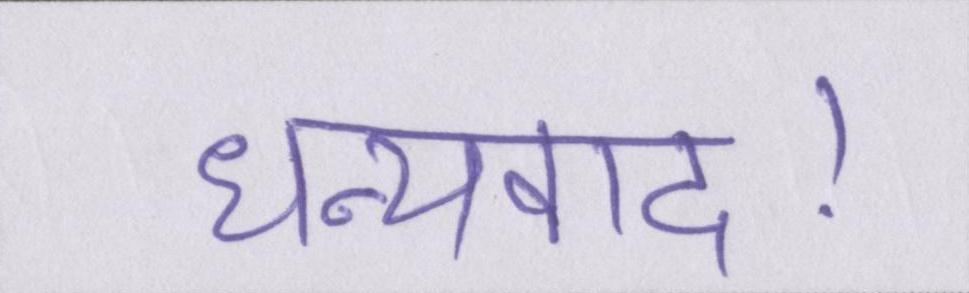
धन्यवाद।